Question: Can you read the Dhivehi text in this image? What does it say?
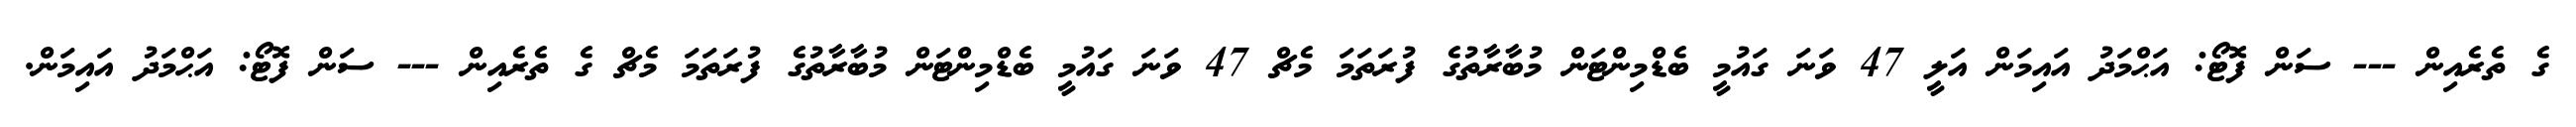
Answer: ގެ ތެރެއިން --- ސަން ފޮޓޯ: އަޙްމަދު އައިމަން އަލީ 47 ވަނަ ގައުމީ ބެޑްމިންޓަން މުބާރާތުގެ ފުރަތަމަ މެޗް 47 ވަނަ ގައުމީ ބެޑްމިންޓަން މުބާރާތުގެ ފުރަތަމަ މެޗް ގެ ތެރެއިން --- ސަން ފޮޓޯ: އަޙްމަދު އައިމަން.